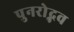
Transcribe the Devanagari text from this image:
पुनरोद्भव